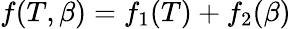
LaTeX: f(T,\beta)=f_{1}(T)+f_{2}(\beta)